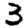
Digit: 3